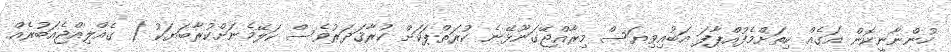
ހުންނާނީކޮން އަގެއް ކިތަށްމެފުއްޕާފަ އަބުއިވިޔަސް މިރާއްޖޭގަނޫޅޭނެ ކުރަތްޕަކަށް ކުރާޤަދަރުވެސް ކަލޭމެނަށްކުރާބަޔަކު ( ގެއްލިއްޖެއަބުރެއް